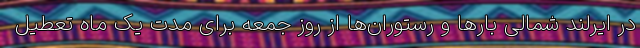
در ایرلند شمالی بارها و رستوران‌ها از روز جمعه برای مدت یک ماه تعطیل